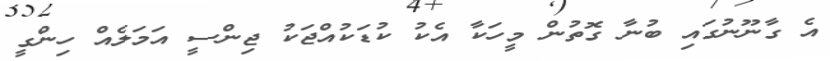
އެ ގާނޫނުގައި ބުނާ ގޮތުން މީހަކާ އެކު ކުޑަކުއްޖަކު ޖިންސީ އަމަލެއް ހިންގީ